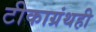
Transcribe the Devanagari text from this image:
टीकाग्रंथही